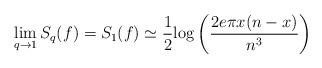
LaTeX: \begin{align*}\lim_{q \to 1} S_{q}(f) = S_{1}(f) \simeq \frac{1}{2} {\rm log} \left( \frac{ 2 e \pi x (n-x) } {n^3} \right) \end{align*}